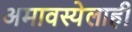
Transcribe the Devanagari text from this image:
अमावस्येलाही